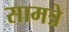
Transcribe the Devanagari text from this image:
सामत्रे